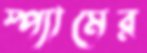
স্প্যামের